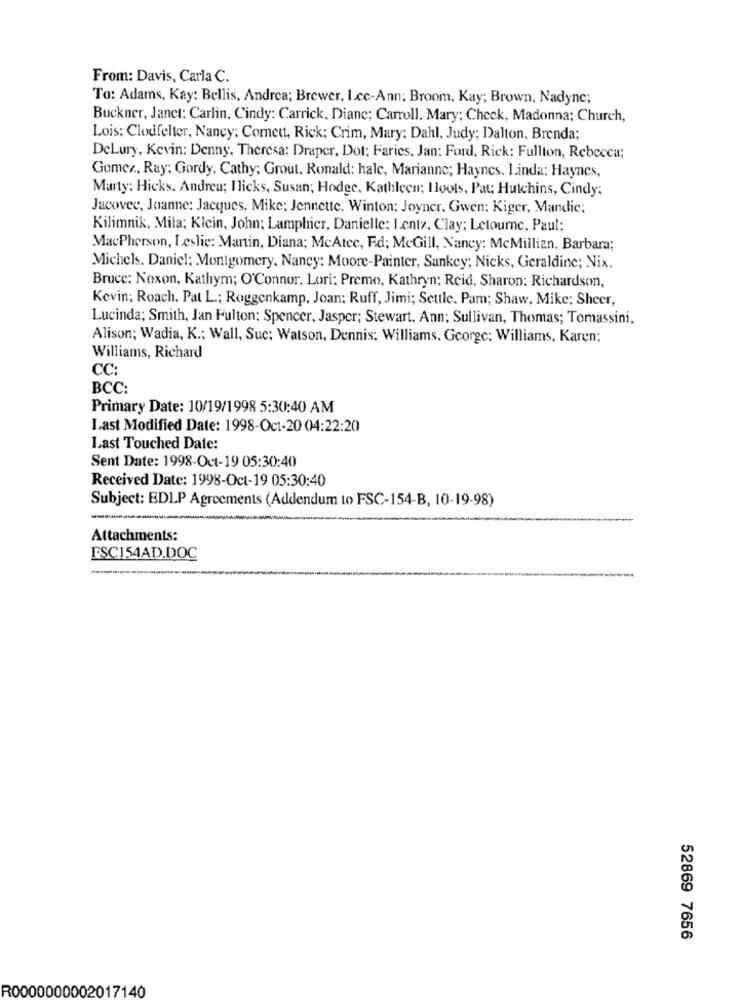
From: Davis, Carla C.
To: Adams, Kay: Bellis, Andrea; Brewer, Lcc-Ann; Broom, Kay; Brown, Nadyne;
Buckner, Janet: Carlin, Cindy: Carrick, Diane; Carroll. Mary: Check, Madonna; Church,
Lois; Clodfelter, Nancy; Comett, Rick; Crim, Mary: Dahl, Judy; Dalton, Brenda;
DeLury, Kevin: Denny. Theresa: Draper, Dot; Faries, Jan: Ford, Rick: Fullton, Rebecca;
Gomez ., Ray: Gordy, Cathy; Grout. Ronald: hale, Marianne; Haynes. Linda: Haynes,
Marty: Hicks. Andrea; Ilicks, Susan; Hodge, Kathleen; Iloots, Pat; Hutchins, Cindy:
Jacovee, Joanne: Jacques, Mike: Jennette. Winton; Joyner, Gwen: Kiger, Mandie;
Kilimnik, Mila; Klein, John; Lamphier, Danielle: Lentz. Clay; Letourne, Paul;
MacPherson, Leslie: Martin, Diana; McAtec, Ed; McGill, Nancy; McMillian, Barbara;
Michels. Daniel; Montgomery. Nancy: Moore-Painter, Sankey; Nicks, Geraldine; Nix.
Bruce: Noxon, Kathym; O'Connor, Lori: Premo, Kathryn; Reid, Sharon: Richardson,
Kevin; Roach, Pat L .; Roggenkamp, Joan; Ruff, Jimi; Settle. Pam; Shaw, Mike; Sheer,
Lucinda; Smith, Jan Fulton: Spencer, Jasper; Stewart, Ann: Sullivan, Thomas; Tomassini,
Alison; Wadia, K .; Wall, Suc; Watson, Dennis: Williams, George: Williams, Karen;
Williams, Richard
CC:
BCC:
Primary Date: 10/19/1998 5:30:40 AM
Last Modified Date: 1998-Oct-20 04:22:20
Last Touched Date:
Sent Date: 1998-Oct-19 05:30:40
Received Date: 1998-Oct-19 05:30:40
Subject: EDLP Agreements (Addendum to FSC-154-B, 10-19-98)
Attachments:
FSC154AD.DOC
52869 7656
R0000000002017140